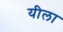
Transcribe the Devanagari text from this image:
यीला